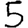
Digit: 5